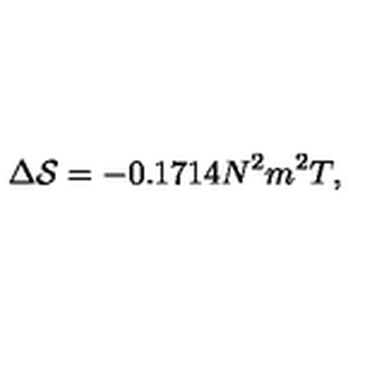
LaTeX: \Delta { \cal S } = - 0 . 1 7 1 4 N ^ { 2 } m ^ { 2 } T ,